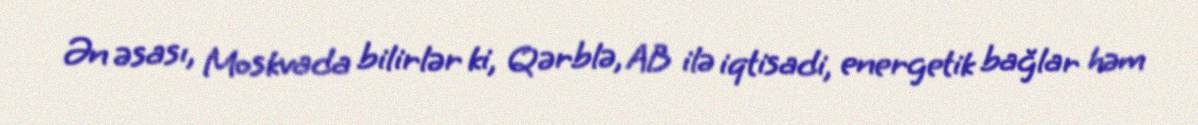
Ən əsası, Moskvada bilirlər ki, Qərblə, AB ilə iqtisadi, energetik bağlar həm